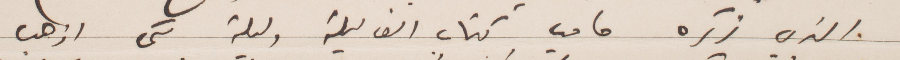
الذي يذكره ما في كتاب الف ليلة وليلة اني اذهب